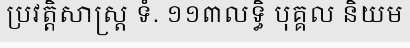
ប្រវត្តិសាស្ត្រ ទំ. ១១៣លទ្ធិ បុគ្គល និយម